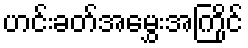
ဟင်းခတ်အမွှေးအကြိုင်